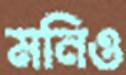
মনিও